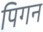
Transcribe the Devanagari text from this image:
पिगन